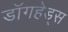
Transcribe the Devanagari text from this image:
डॉगहेड्स